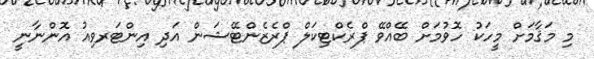
މި މަޤާމަށް މީހަކު ހޮވުމަށް ބޭއްވޭ ޕްރެކްޓިކަލް ޕްރެޒެންޓޭޝަން އަދި އިންޓަރވިއު އޮންނާނީ